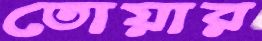
তোয়ার